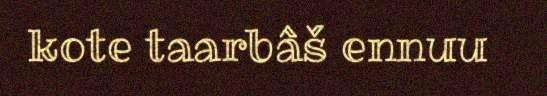
kote taarbâš ennuu